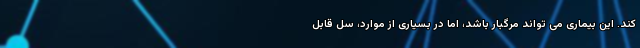
کند. این بیماری می تواند مرگبار باشد، اما در بسیاری از موارد، سل قابل